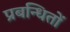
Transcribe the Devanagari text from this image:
प्रबन्धितों